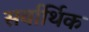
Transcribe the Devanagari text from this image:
सर्वार्थिक